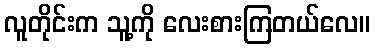
လူတိုင်းက သူ့ကို လေးစားကြတယ်လေ။